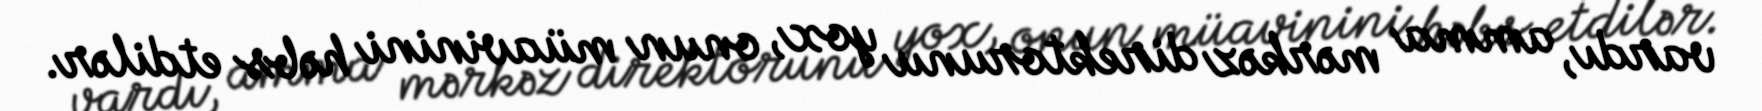
vardı, amma mərkəz direktorunu yox, onun müavinini həbs etdilər.